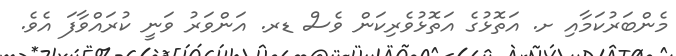
މެންބަރުކަމާއި ށ. އަތޮޅުގެ އަތޮޅުވެރިކަން ވެސް ޑރ. އަންވަރު ވަނީ ކުރައްވާފަ އެވެ.